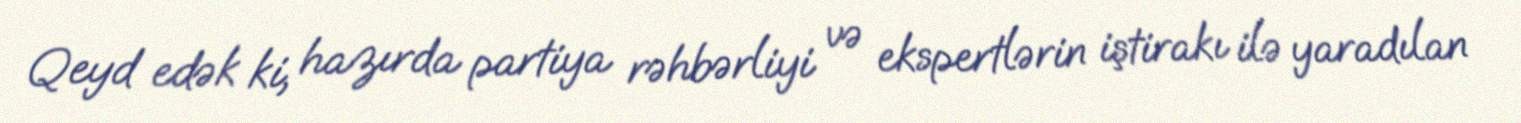
Qeyd edək ki, hazırda partiya rəhbərliyi və ekspertlərin iştirakı ilə yaradılan